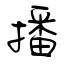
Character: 播